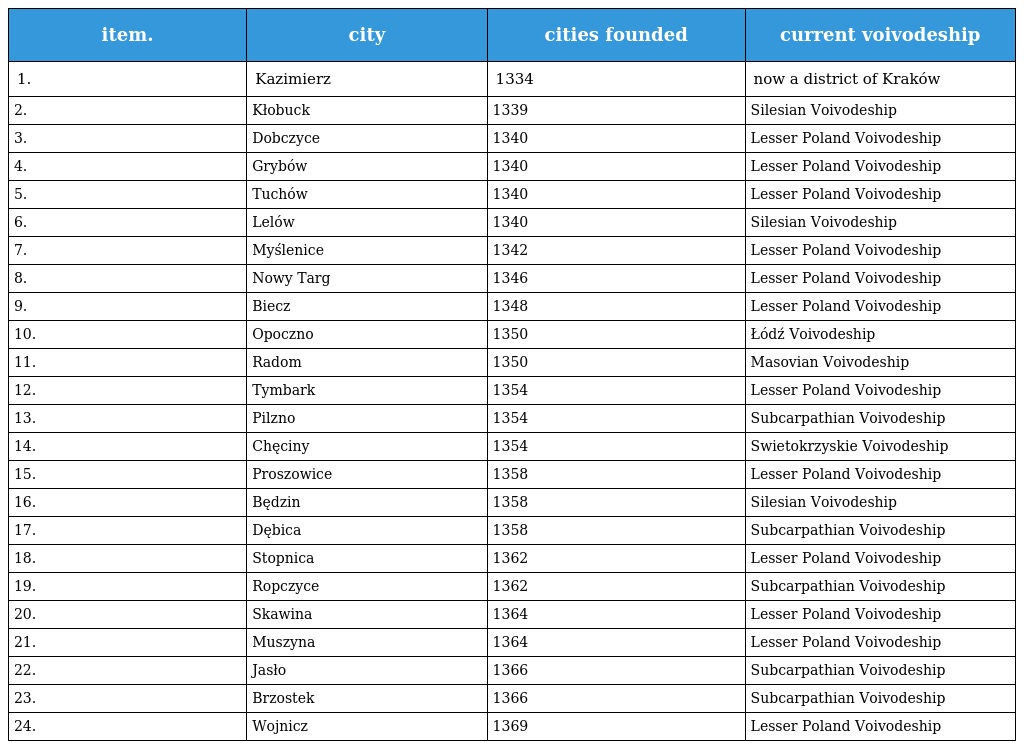
| item. | city | cities founded | current voivodeship |
 | --- | --- | --- | --- |
 | 1. | Kazimierz | 1334 | now a district of Kraków |
 | 2. | Kłobuck | 1339 | Silesian Voivodeship |
 | 3. | Dobczyce | 1340 | Lesser Poland Voivodeship |
 | 4. | Grybów | 1340 | Lesser Poland Voivodeship |
 | 5. | Tuchów | 1340 | Lesser Poland Voivodeship |
 | 6. | Lelów | 1340 | Silesian Voivodeship |
 | 7. | Myślenice | 1342 | Lesser Poland Voivodeship |
 | 8. | Nowy Targ | 1346 | Lesser Poland Voivodeship |
 | 9. | Biecz | 1348 | Lesser Poland Voivodeship |
 | 10. | Opoczno | 1350 | Łódź Voivodeship |
 | 11. | Radom | 1350 | Masovian Voivodeship |
 | 12. | Tymbark | 1354 | Lesser Poland Voivodeship |
 | 13. | Pilzno | 1354 | Subcarpathian Voivodeship |
 | 14. | Chęciny | 1354 | Swietokrzyskie Voivodeship |
 | 15. | Proszowice | 1358 | Lesser Poland Voivodeship |
 | 16. | Będzin | 1358 | Silesian Voivodeship |
 | 17. | Dębica | 1358 | Subcarpathian Voivodeship |
 | 18. | Stopnica | 1362 | Lesser Poland Voivodeship |
 | 19. | Ropczyce | 1362 | Subcarpathian Voivodeship |
 | 20. | Skawina | 1364 | Lesser Poland Voivodeship |
 | 21. | Muszyna | 1364 | Lesser Poland Voivodeship |
 | 22. | Jasło | 1366 | Subcarpathian Voivodeship |
 | 23. | Brzostek | 1366 | Subcarpathian Voivodeship |
 | 24. | Wojnicz | 1369 | Lesser Poland Voivodeship |